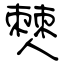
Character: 僰